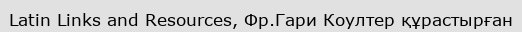
Latin Links and Resources, Фр.Гари Коултер құрастырған